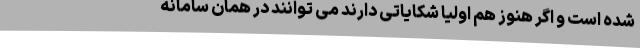
شده است و اگر هنوز هم اولیا شکایاتی دارند می توانند در همان سامانه